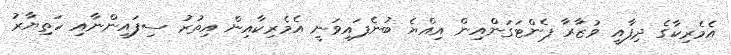
އެމެރިކާގެ ދިފާއީ ވުޒާރާ ޕެންޓަގަންއިން އިއްޔެ ބުނެފައިވަނީ އެމެރިކާއިން އިތުރު ސިފައިންނާއި ހަތިޔާރު